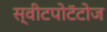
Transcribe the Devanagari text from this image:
स्वीटपोटॅटोज